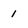
Character: 1